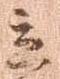
立